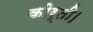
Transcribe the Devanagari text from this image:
कीर्ती।